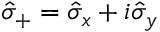
\hat { \sigma } _ { + } = \hat { \sigma } _ { x } + i \hat { \sigma } _ { y }